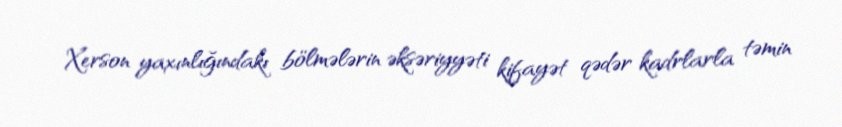
Xerson yaxınlığındakı bölmələrin əksəriyyəti kifayət qədər kadrlarla təmin